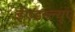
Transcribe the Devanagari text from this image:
ईएडब्ल्यूए